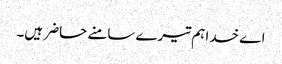
اے خدا ہم تیرے سامنے حاضر ہیں۔